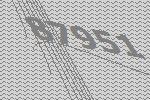
87951